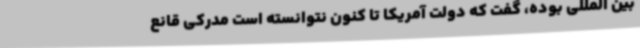
بین المللی بوده، گفت که دولت آمریکا تا کنون نتوانسته است مدرکی قانع